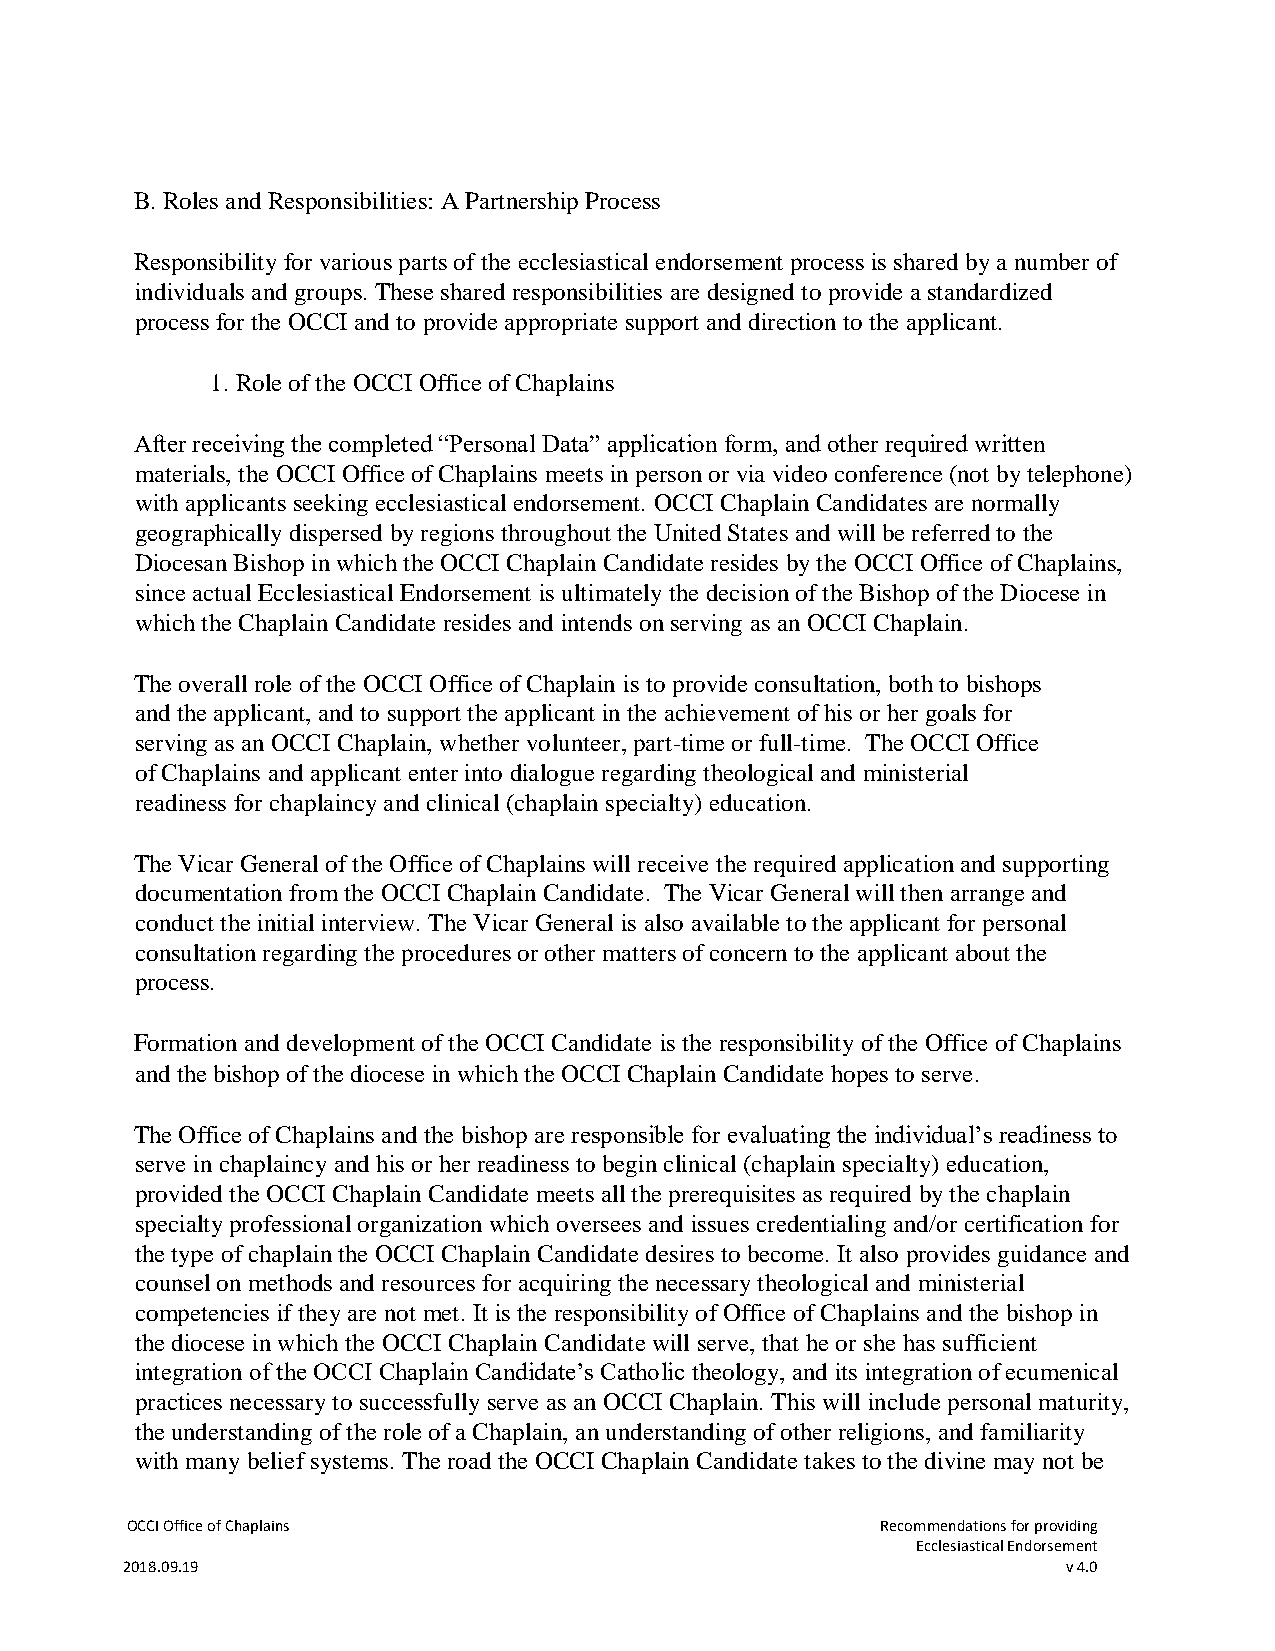
B. Roles and Responsibilities: A Partnership Process
 Responsibility for various parts of the ecclesiastical endorsement process is shared by a number of
 individuals and groups. These shared responsibilities are designed to provide a standardized
 process for the OCCI and to provide appropriate support and direction to the applicant.
 1. Role of the OCCI Office of Chaplains
 After receiving the completed “Personal Data” application form, and other required written
 materials, the OCCI Office of Chaplains meets in person or via video conference (not by telephone)
 with applicants seeking ecclesiastical endorsement. OCCI Chaplain Candidates are normally
 geographically dispersed by regions throughout the United States and will be referred to the
 Diocesan Bishop in which the OCCI Chaplain Candidate resides by the OCCI Office of Chaplains,
 since actual Ecclesiastical Endorsement is ultimately the decision of the Bishop of the Diocese in
 which the Chaplain Candidate resides and intends on serving as an OCCI Chaplain.
 The overall role of the OCCI Office of Chaplain is to provide consultation, both to bishops
 and the applicant, and to support the applicant in the achievement of his or her goals for
 serving as an OCCI Chaplain, whether volunteer, part-time or full-time. The OCCI Office
 of Chaplains and applicant enter into dialogue regarding theological and ministerial
 readiness for chaplaincy and clinical (chaplain specialty) education.
 The Vicar General of the Office of Chaplains will receive the required application and supporting
 documentation from the OCCI Chaplain Candidate. The Vicar General will then arrange and
 conduct the initial interview. The Vicar General is also available to the applicant for personal
 consultation regarding the procedures or other matters of concern to the applicant about the
 process.
 Formation and development of the OCCI Candidate is the responsibility of the Office of Chaplains
 and the bishop of the diocese in which the OCCI Chaplain Candidate hopes to serve.
 The Office of Chaplains and the bishop are responsible for evaluating the individual’s readiness to
 serve in chaplaincy and his or her readiness to begin clinical (chaplain specialty) education,
 provided the OCCI Chaplain Candidate meets all the prerequisites as required by the chaplain
 specialty professional organization which oversees and issues credentialing and/or certification for
 the type of chaplain the OCCI Chaplain Candidate desires to become. It also provides guidance and
 counsel on methods and resources for acquiring the necessary theological and ministerial
 competencies if they are not met. It is the responsibility of Office of Chaplains and the bishop in
 the diocese in which the OCCI Chaplain Candidate will serve, that he or she has sufficient
 integration of the OCCI Chaplain Candidate’s Catholic theology, and its integration of ecumenical
 practices necessary to successfully serve as an OCCI Chaplain. This will include personal maturity,
 the understanding of the role of a Chaplain, an understanding of other religions, and familiarity
 with many belief systems. The road the OCCI Chaplain Candidate takes to the divine may not be
 OCCI Office of Chaplains                          Recommendations for providing
 Ecclesiastical Endorsement
 2018.09.19                                                     v 4.0